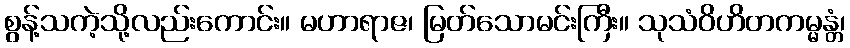
စွန့်သကဲ့သို့လည်းကောင်း။ မဟာရာဇ၊ မြတ်သောမင်းကြီး။ သုသံဝိဟိတကမ္မန္တံ၊